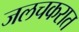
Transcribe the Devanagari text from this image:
जलचकरात